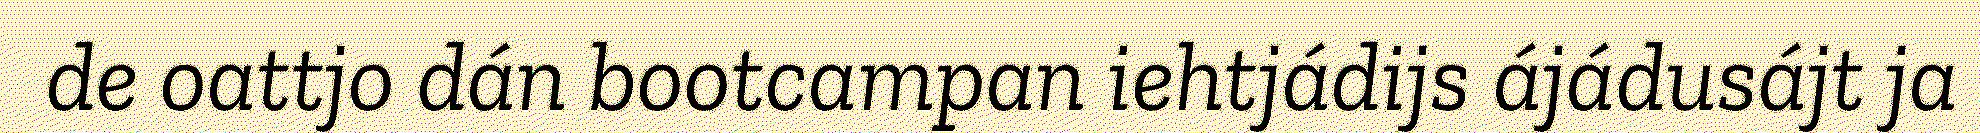
de oattjo dán bootcampan iehtjádijs ájádusájt ja